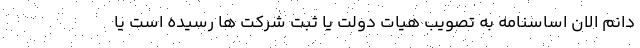
‌دانم الان اساسنامه به تصویب هیات دولت یا ثبت شرکت ‌ها رسیده است یا